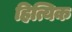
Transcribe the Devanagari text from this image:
हित्यिक